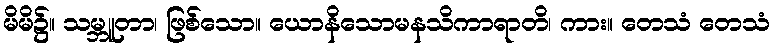
မိမိ၌။ သမ္ဘူတာ၊ ဖြစ်သော။ ယောနိသောမနသိကာရာတိ၊ ကား။ တေသံ တေသံ